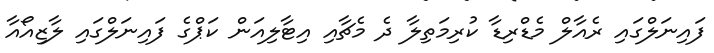
ފައިނަލްގައި ރެއާލް މެޑްރިޑާ ކުރިމަތިލާ ދެ މެޗާއި އިޓާލިއަން ކަޕްގެ ފައިނަލްގައި ލާޒިއޯއާ